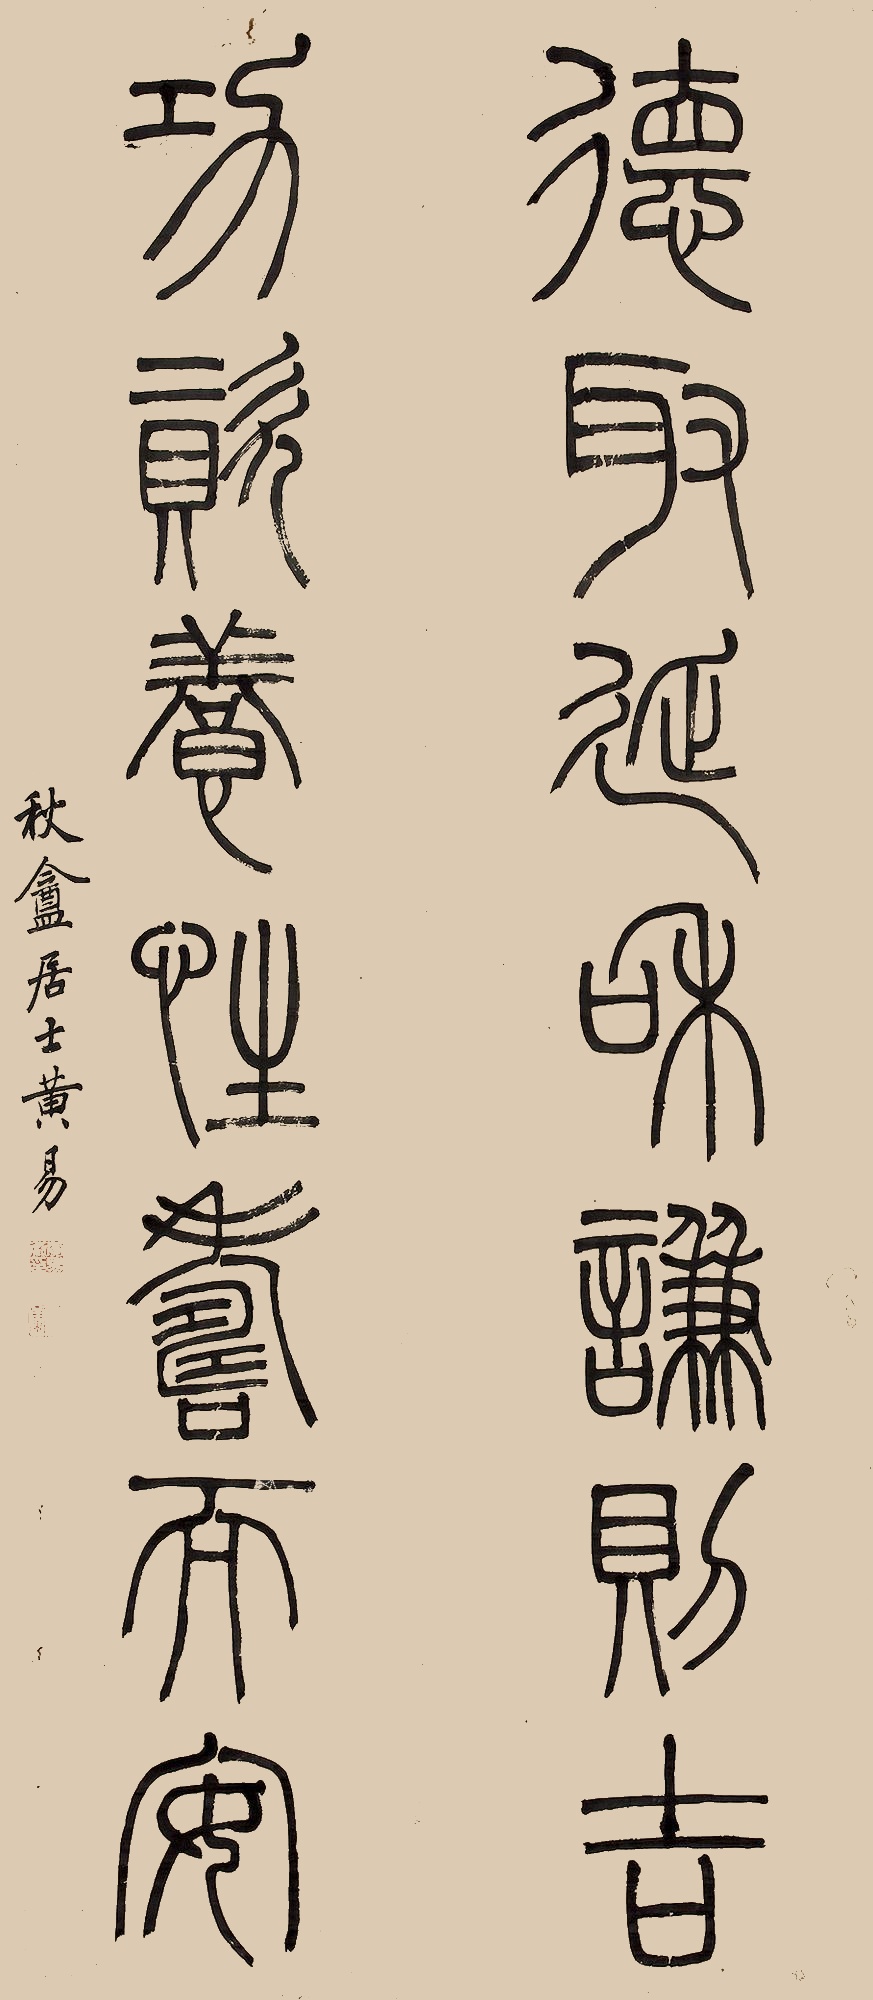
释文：得取延和谦则古，功绩养性寿天安。秋盦居士黄易。